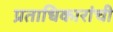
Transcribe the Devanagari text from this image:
प्रताधिकारांची